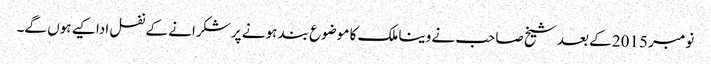
نومبر 2015 کے بعد شیخ صاحب نے وینا ملک کا موضوع بند ہونے پر شکرانے کے نفل ادا کیے ہوں گے۔